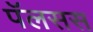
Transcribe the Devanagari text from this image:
पॅलसस